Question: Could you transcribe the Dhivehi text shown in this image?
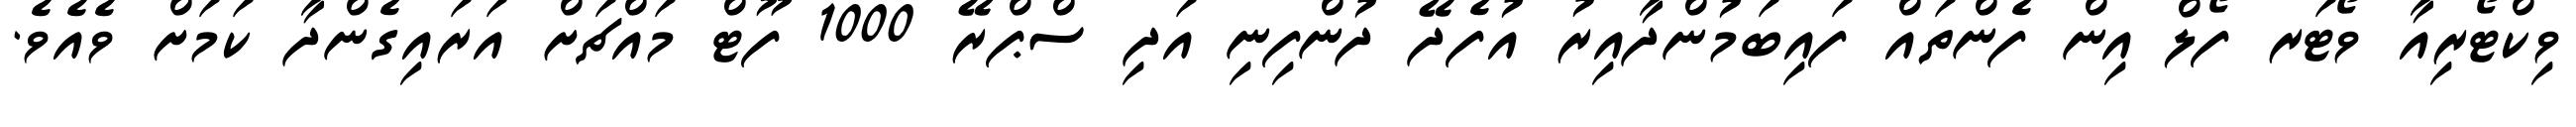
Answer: ވިކްޓޯރިއާ ވޯޓަރ ފޯލް އިން ފެންތައް ފައިބަމުންދާއިރު އުފެދޭ ދުންފިނި އަދި ސްޕްރޭ 1000 ފޫޓް މައްޗަށް އަރައިގެންދާ ކަމަށް ވެއެވެ.